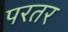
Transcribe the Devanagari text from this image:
परतर